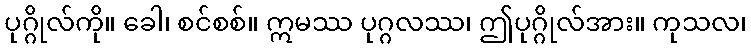
ပုဂ္ဂိုလ်ကို။ ခေါ၊ စင်စစ်။ ဣမဿ ပုဂ္ဂလဿ၊ ဤပုဂ္ဂိုလ်အား။ ကုသလ၊